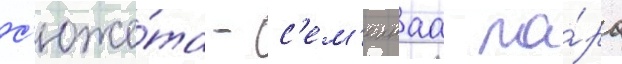
с'юже́та - с'ем'еинаа па́ра